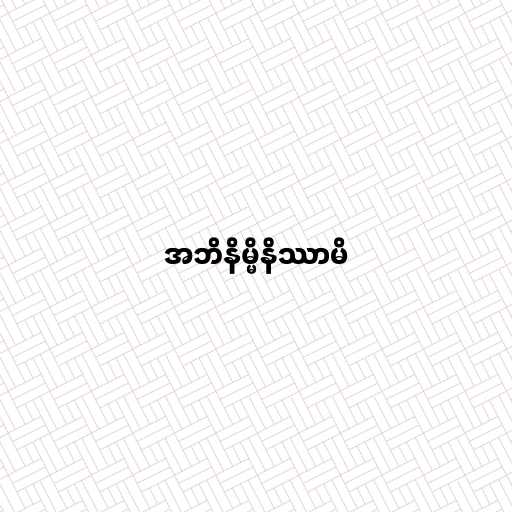
အဘိနိမ္မိနိဿာမိ